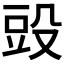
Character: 𣪌